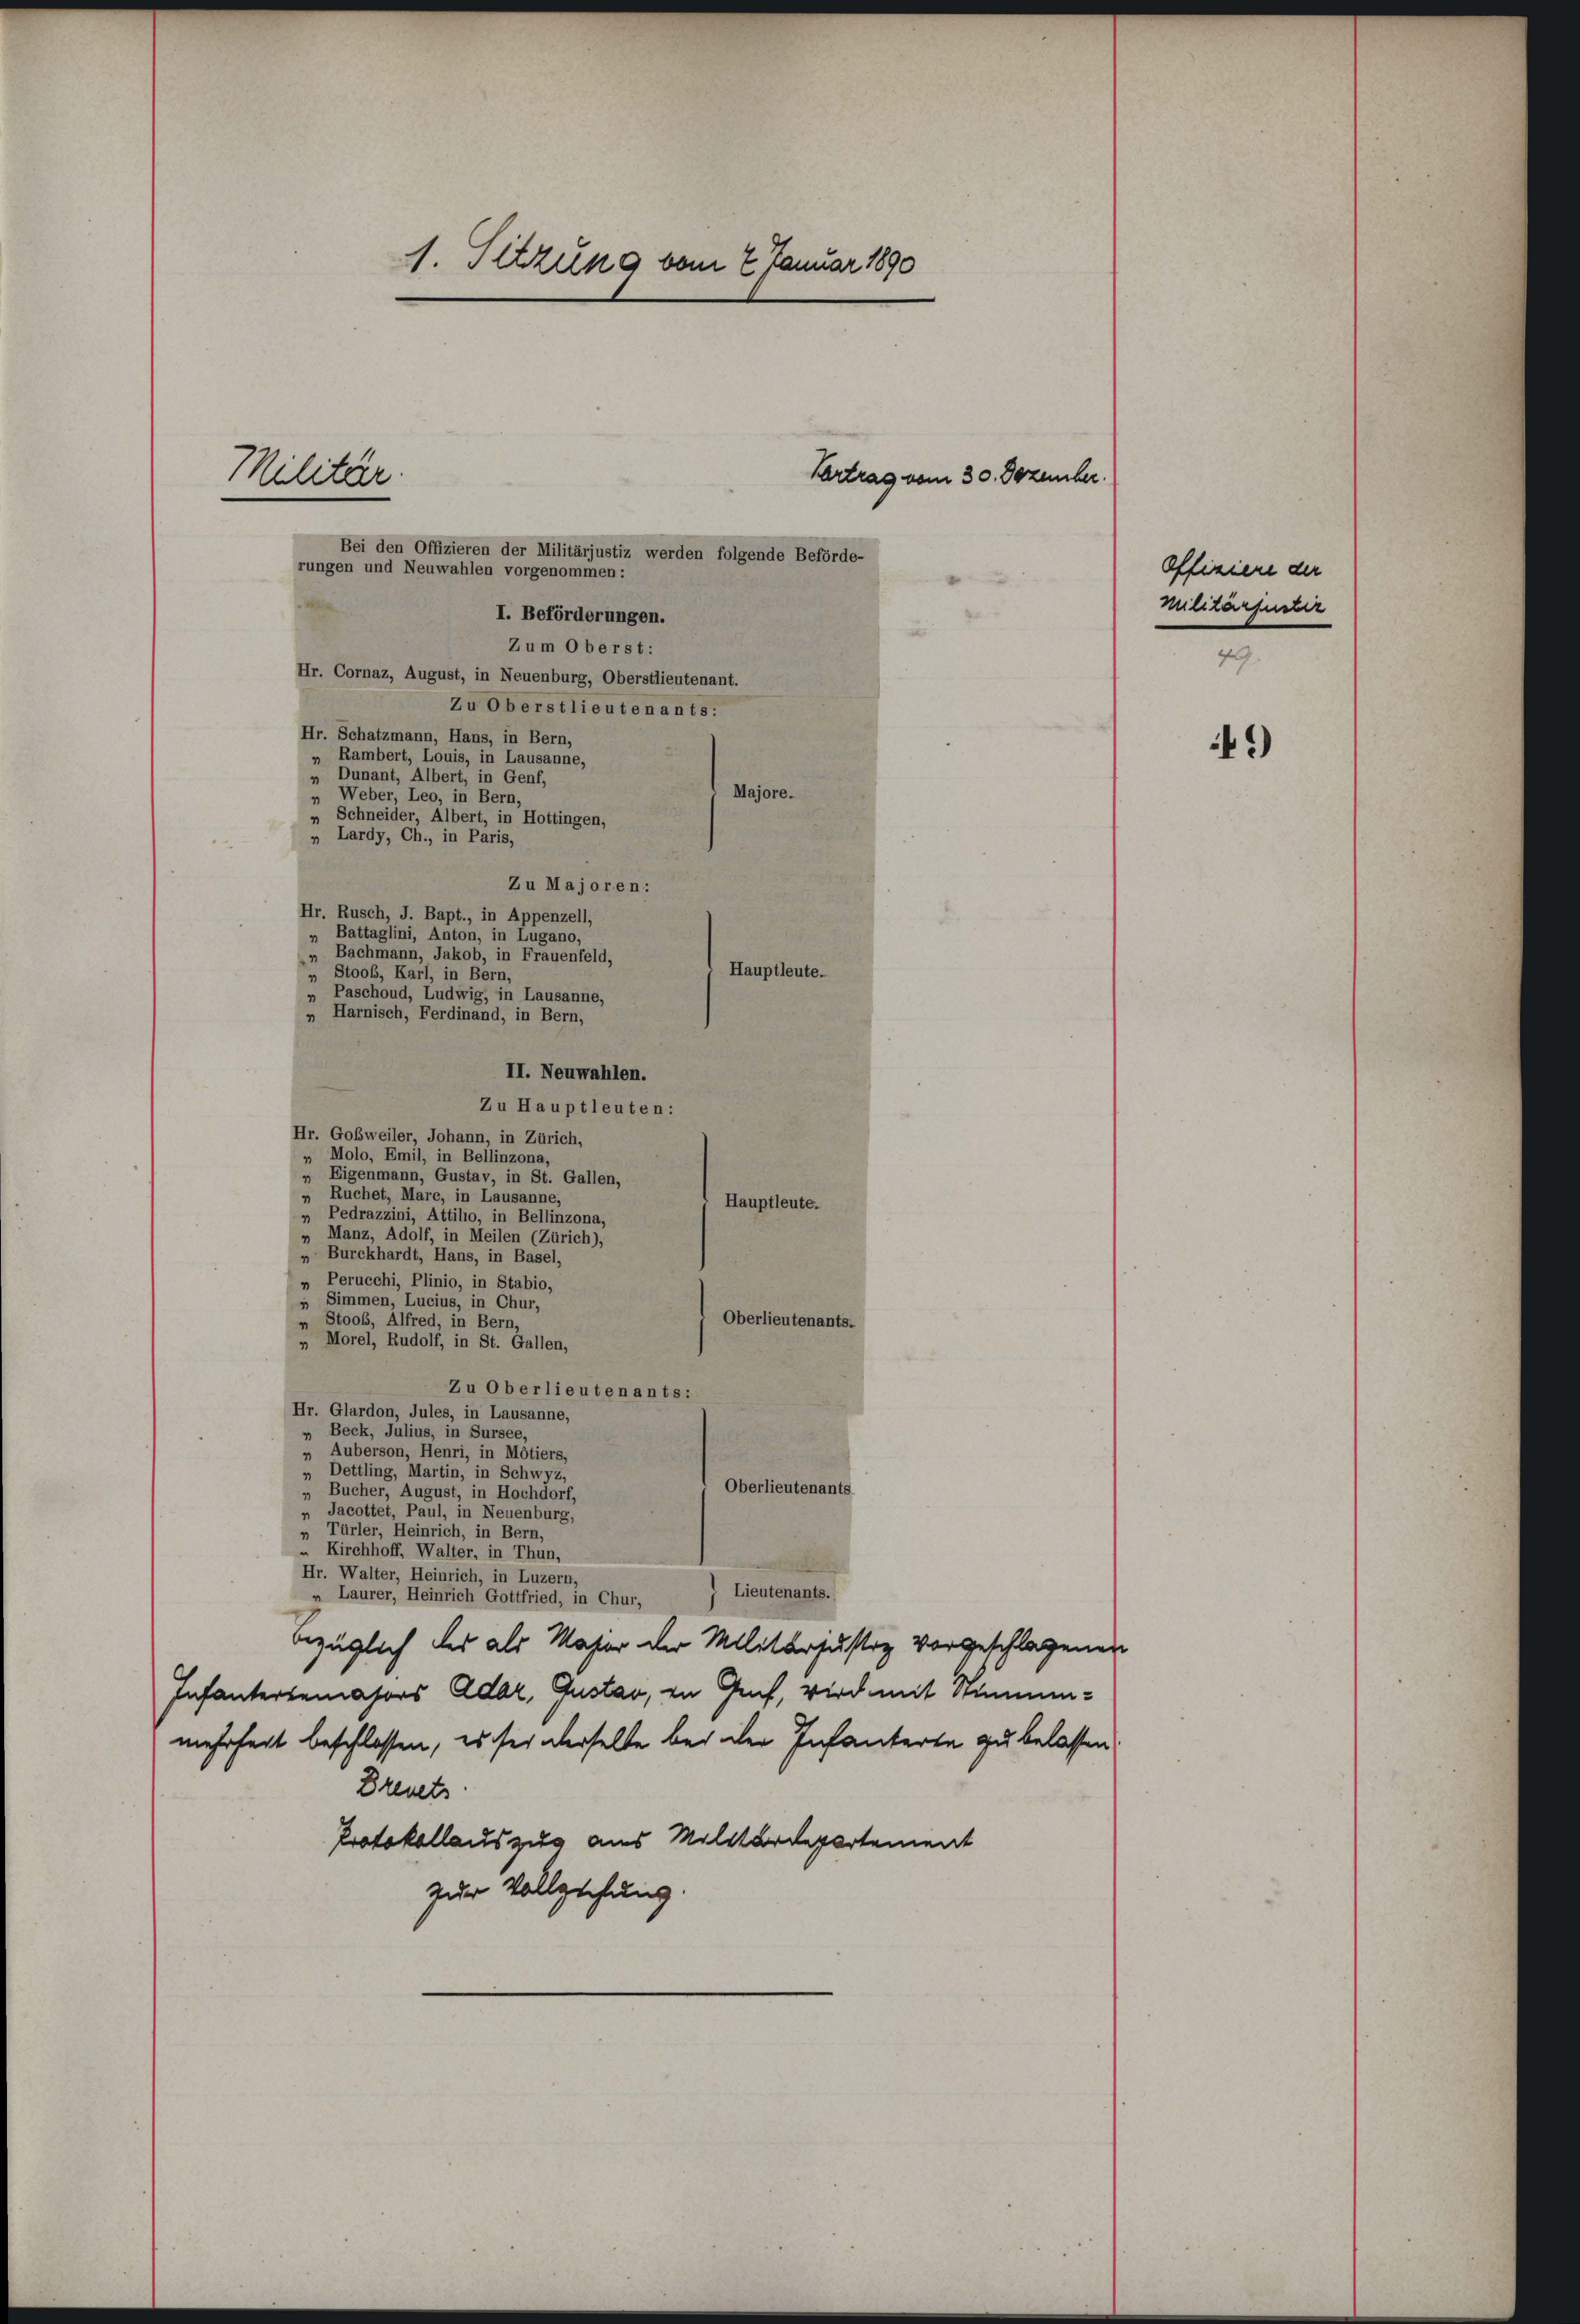
. Sitzung vom 7. Januar 1890
Vertrag vom 30. Dezember.
Militär.
Bei den Offizieren der Militärjustiz werden folgende Beförde-
rungen und Neuwahlen vorgenommen:

I. Beförderungen.
Zum Oberst:
Hr. Cornaz, August, in Neuenburg, Oberstlieutenant.
Zu Oberstlieutenants:
Hr. Schatzmann, Hans, in Bern,
„ Rambert, Louis, in Lausanne,
Dunant, Albert, in Genf,
Majore.
Weber, Leo, in Bern,
r
„ Schneider, Albert, in Hottingen,
 Lardy, Ch., in Paris,
Zu Majoren:
Hr. Rusch, J. Bapt., in Appenzell,
„ Battaglini, Anton, in Lugano,
Bachmann, Jakob, in Frauenfeld,
1
Hauptleute.
 Stoos, Karl, in Bern,
„ Paschoud, Ludwig, in Lausanne,
Harnisch, Ferdinand, in Bern,
II. Neuwahlen.
Zu Hauptleuten:
Hr. Goßweiler, Johann, in Zürich,
» Molo, Emil, in Bellinzona,
„ Eigenmann, Gustav, in St. Gallen,
„ Ruchet, Marc, in Lausanne,
Hauptleute.
„ Pedrazzini, Attilio, in Bellinzona,
 Manz, Adolf, in Meilen (Zürich),
„ Burckhardt, Hans, in Basel,
Perucchi, Plinio, in Stabio,
» Simmen, Lucius, in Chur,
Oberlieutenants.
„ Stoos, Alfred, in Bern,
Morel, Rudolf, in St. Gallen,
Zu Oberlieutenants:
Hr. Glardon, Jules, in Lausanne,
" Beck, Julius, in Sursee,
Auberson, Henri, in Motiers,
„ Dettling, Martin, in Schwyz,
Oberlieutenants
„ Bucher, August, in Hochdorf,
„ Jacottet, Paul, in Neuenburg,
„ Türler, Heinrich, in Bern,
Kirchhoff, Walter, in Thun,
Hr. Walter, Heinrich, in Luzern,
) Lieutenants.
„ Laurer, Heinrich Gottfried, in Chur,
bezüglich des als Maser der Militärjustiz vorgeschlagenen
Infantersemators Ader, Gustav, in Auf, wird mit Simmen-
mehrheit beschlossen, es sei derselbe bei der Infanterte zu belassen
Breuets
Protokollauszug aus Militärdepartement
zur Vollziehung.

Offiziere der
militärinstir
49.

49)